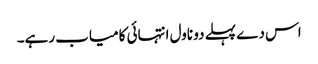
اس دے پہلے دو ناول انتہائی کامیاب رہے۔